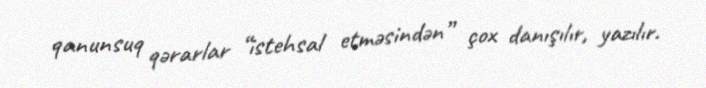
qanunsuq qərarlar “istehsal etməsindən” çox danışılır, yazılır.